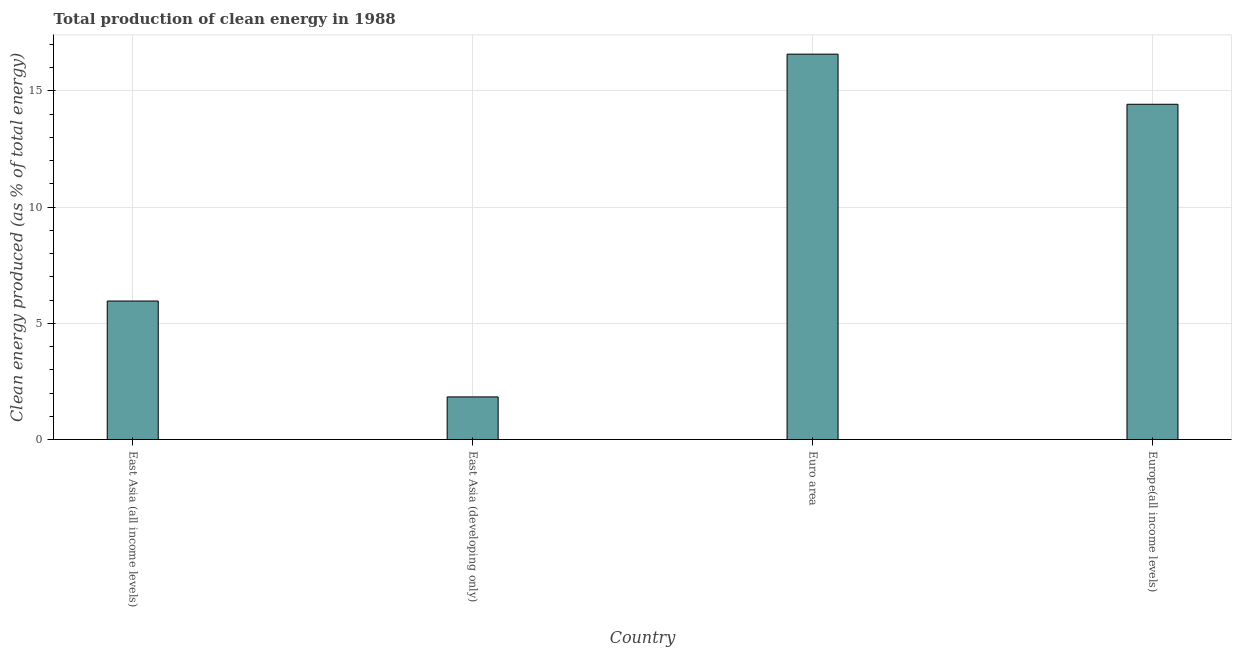
| Country | Alternative and nuclear energy |
 | --- | --- |
 | East Asia (all income levels) | 5.96 |
 | East Asia (developing only) | 1.83 |
 | Euro area | 16.6 |
 | Europe(all income levels) | 14.4 |